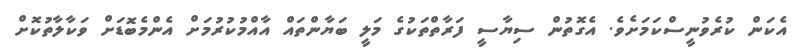
އެކަން ކުރެވުނީސްކަމަށެވެ. އެގޮތުން ސިޔާސީ ފަރާތްތަކުގެ މަލީ ބަޔާންތައް އާއްމުކުރުމަށް އެންމެބޮޑަށް ވަކާލާތުކޮށް